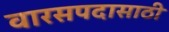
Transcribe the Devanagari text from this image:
वारसपदासाठी